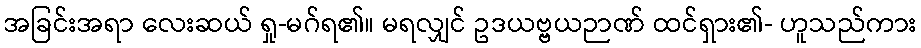
အခြင်းအရာ လေးဆယ် ရှု-မဂ်ရ၏။ မရလျှင် ဥဒယဗ္ဗယဉာဏ် ထင်ရှား၏- ဟူသည်ကား